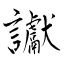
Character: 讞